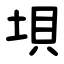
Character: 垻